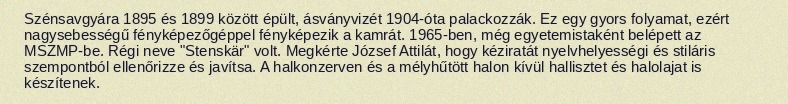
Szénsavgyára 1895 és 1899 között épült, ásványvizét 1904-óta palackozzák. Ez egy gyors folyamat, ezért nagysebességű fényképezőgéppel fényképezik a kamrát. 1965-ben, még egyetemistaként belépett az MSZMP-be. Régi neve "Stenskär" volt. Megkérte József Attilát, hogy kéziratát nyelvhelyességi és stiláris szempontból ellenőrizze és javítsa. A halkonzerven és a mélyhűtött halon kívül hallisztet és halolajat is készítenek.